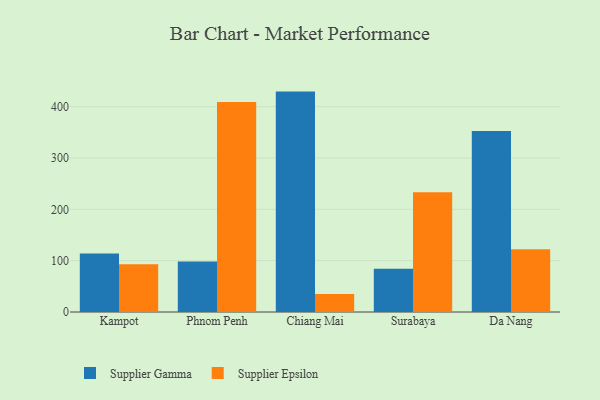
{"axis": {"x": "City", "y": "Conversion Rate (%)"}, "legend": ["Supplier Epsilon", "Supplier Gamma"], "data": [{"x": "Kampot", "y": 114.1, "type": "Supplier Gamma"}, {"x": "Kampot", "y": 93.1, "type": "Supplier Epsilon"}, {"x": "Phnom Penh", "y": 98.6, "type": "Supplier Gamma"}, {"x": "Phnom Penh", "y": 408.8, "type": "Supplier Epsilon"}, {"x": "Chiang Mai", "y": 429.3, "type": "Supplier Gamma"}, {"x": "Chiang Mai", "y": 35.3, "type": "Supplier Epsilon"}, {"x": "Surabaya", "y": 84.1, "type": "Supplier Gamma"}, {"x": "Surabaya", "y": 233.3, "type": "Supplier Epsilon"}, {"x": "Da Nang", "y": 352.6, "type": "Supplier Gamma"}, {"x": "Da Nang", "y": 122.2, "type": "Supplier Epsilon"}]}